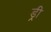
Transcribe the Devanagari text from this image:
ड्री